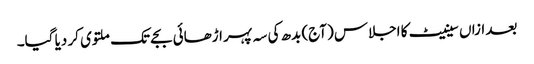
بعد ازاں سینیٹ کا اجلاس (آج) بدھ کی سہ پہر اڑھائی بجے تک ملتوی کر دیا گیا۔